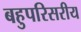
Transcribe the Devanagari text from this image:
बहुपरिसरीय